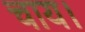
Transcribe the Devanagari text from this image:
चाय।